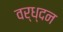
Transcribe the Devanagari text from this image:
वर्ध्दन